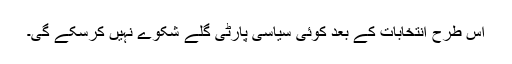
اس طرح انتخابات کے بعد کوئی سياسی پارٹی گلے شکوے نہيں کرسکے گی۔